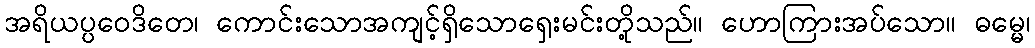
အရိယပ္ပဝေဒိတေ၊ ကောင်းသောအကျင့်ရှိသောရှေးမင်းတို့သည်။ ဟောကြားအပ်သော။ ဓမ္မေ၊